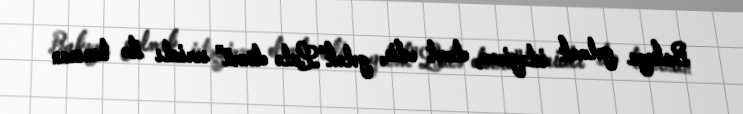
Bakıya gəlmək istəyirəm, dəvət edin, gələk"Lalə dövrü" serialı ilə tanınan